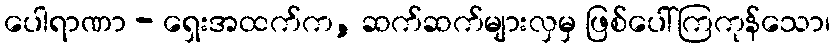
ပေါရာဏာ - ရှေးအထက်က, ဆက်ဆက်များလှမှ ဖြစ်ပေါ်ကြကုန်သော၊